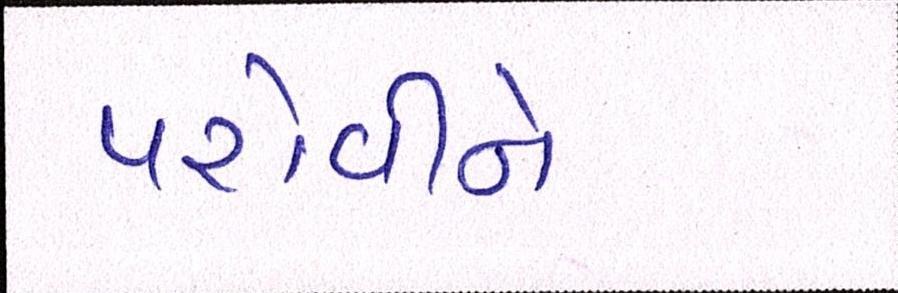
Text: પરોવીને